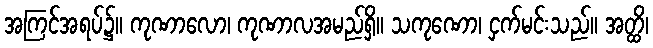
အကြင်အရပ်၌။ ကုဏာလော၊ ကုဏာလအမည်ရှိ။ သကုဏော၊ ငှက်မင်းသည်။ အတ္ထိ၊